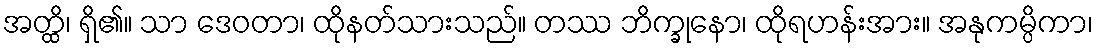
အတ္ထိ၊ ရှိ၏။ သာ ဒေဝတာ၊ ထိုနတ်သားသည်။ တဿ ဘိက္ခုနော၊ ထိုရဟန်းအား။ အနုကမ္ပိကာ၊